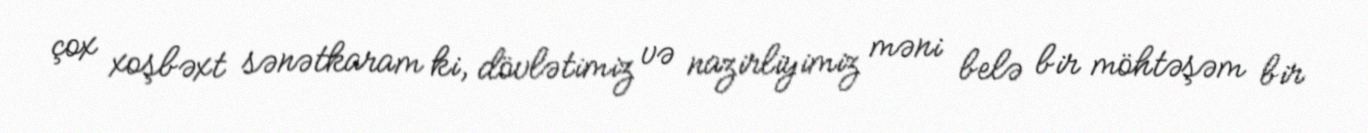
çox xoşbəxt sənətkaram ki, dövlətimiz və nazirliyimiz məni belə bir möhtəşəm bir